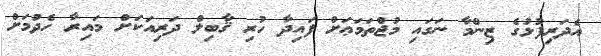
އެދަރިފުޅުގެ ޒިންމާ ނަގައި މުޖްތަމަޢަށް ފައިދާ ހުރި ޤާބިލް ދަރިއަކަށް މައިރާ ހެދުމަށް